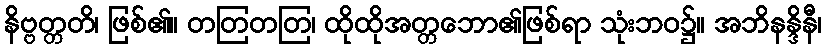
နိဗ္ဗတ္တတိ၊ ဖြစ်၏။ တတြတတြ၊ ထိုထိုအတ္တဘော၏ဖြစ်ရာ သုံးဘဝ၌။ အဘိနန္ဒိနီ၊